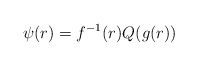
\begin{align*}\psi(r)=f^{-1}(r)Q(g(r))\end{align*}